Rangoon Lunatic Asylum 1898-1906 - 1898-1906
Year: 1898
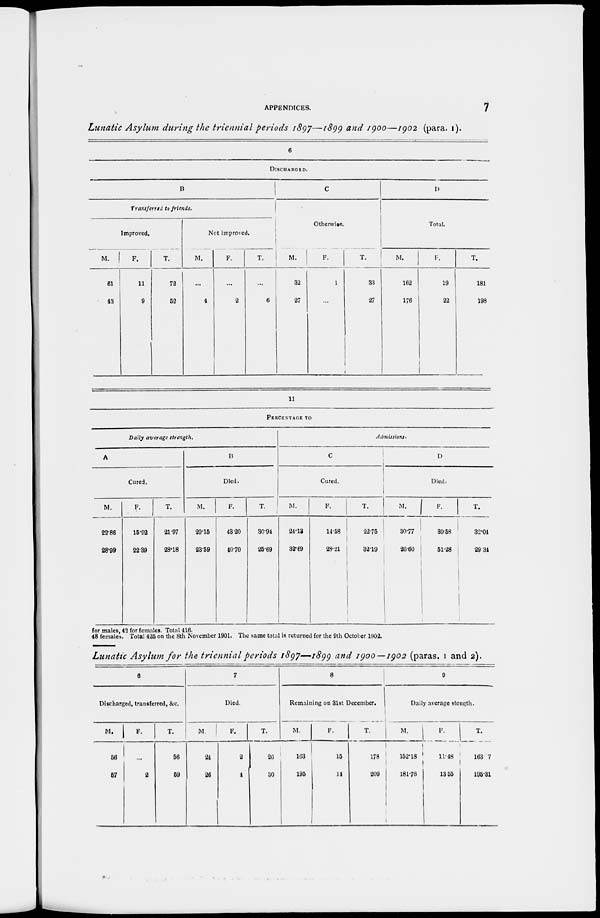
APPENDICES.
7
Lunatic Asylum during the triennial periods 1897—1899 and 1900—1902(para. 1).
6
DISCHARGED.
B
Transferred to friends.
Improved.
M.
61
43
F.
11
9
T.
72
52
Not improved.
M.
...
4
F.
...
2
T.
...
6
C
Otherwise.
M.
32
27
F.
1
...
T.
33
27
D
Total.
M.
162
176
F.
19
22
T.
181
198
11
PERCENTAGE TO
Daily average strength.
A
Cured.
M.
22.86
28.99
F.
15.92
22.39
T.
21.97
28.18
B
Died.
M.
29.15
23.59
F.
43.20
40.70
T.
30.94
25.69
Admissions.
C
Cured.
M.
24.13
32.69
F.
14.58
28.21
T.
22.75
32.19
D
Died.
M.
30.77
26.60
F.
39.58
51.28
T.
32.04
29.34
for males, 42 for females. Total 416.
48 females. Total 425 on the 8th November 1901. The same total is returned for the 9th October 1902.
Lunatic Asylum for the triennial periods 1897—1899 and 1900—1902 (paras. 1 and 2).
6
Discharged, transferred, &c.
M.
56
57
F.
...
2
T.
56
59
7
Died.
M.
24
26
F.
2
4
T.
20
30
8
Remaining on 31st December.
M.
163
195
F.
15
14
T.
178
209
9
Daily average stength.
M.
152.18
181.76
F.
11.48
13.55
T.
163.7
195.31